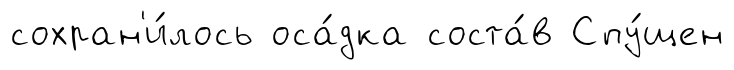
сохран'и́лось оса́дка соста́в Спу́щен